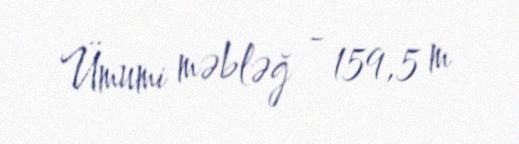
Ümumi məbləğ - 159,5 m